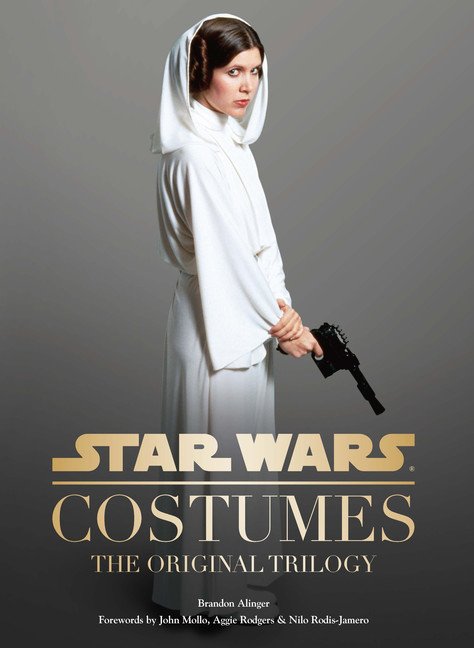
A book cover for Star Wars Costumes; Brandon Alinger; Humor & Entertainment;